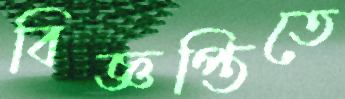
বিজ্ঞপ্তিতে